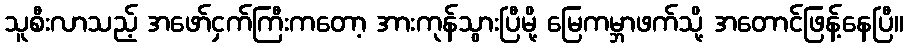
သူစီးလာသည့် အဖော်ငှက်ကြီးကတော့ အားကုန်သွားပြီမို့ မြေကမ္ဘာဖက်သို့ အတောင်ဖြန့်နေပြီ။